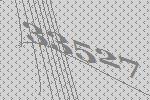
33527